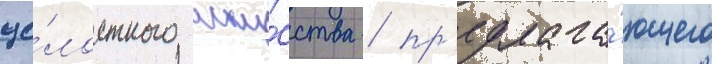
це́лостного иску́сства / пр'едлага́ющего